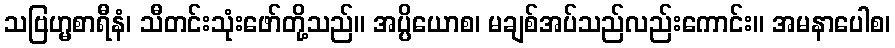
သဗြဟ္မစာရီနံ၊ သီတင်းသုံးဖော်တို့သည်။ အပ္ပိယောစ၊ မချစ်အပ်သည်လည်းကောင်း။ အမနာပေါစ၊